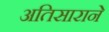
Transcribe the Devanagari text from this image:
अतिसाराने